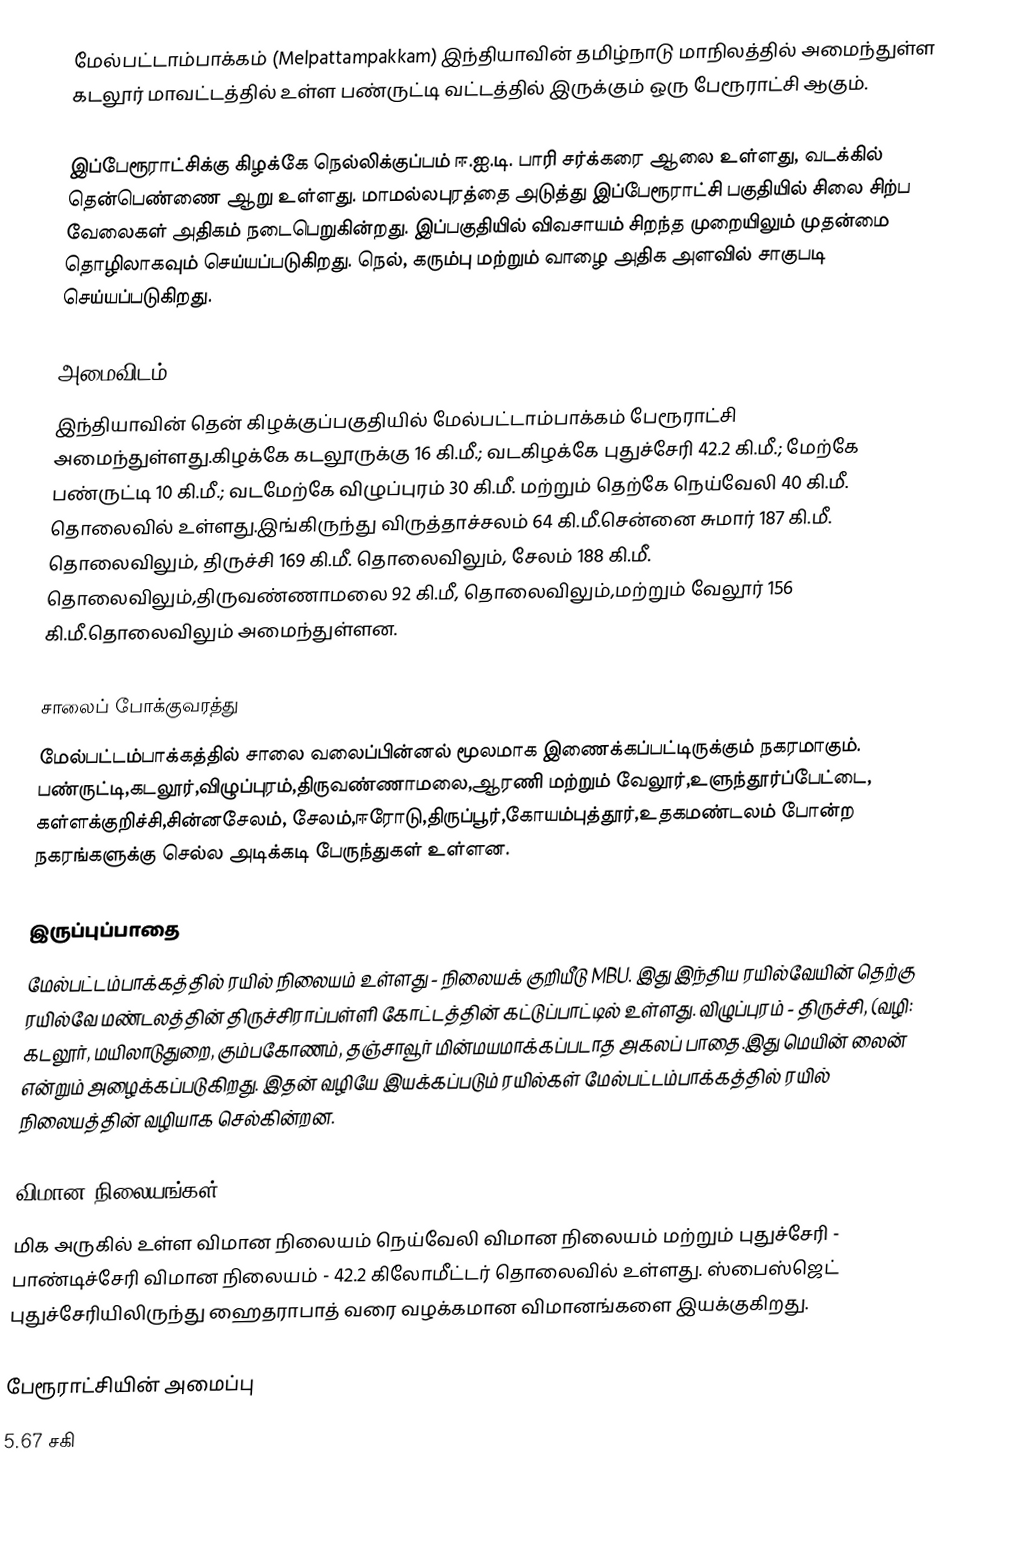
மேல்பட்டாம்பாக்கம் (Melpattampakkam) இந்தியாவின் தமிழ்நாடு மாநிலத்தில் அமைந்துள்ள கடலூர் மாவட்டத்தில் உள்ள பண்ருட்டி வட்டத்தில் இருக்கும் ஒரு பேரூராட்சி ஆகும்.

இப்பேரூராட்சிக்கு கிழக்கே நெல்லிக்குப்பம் ஈ.ஐ.டி. பாரி சர்க்கரை ஆலை உள்ளது, வடக்கில் தென்பெண்ணை ஆறு உள்ளது. மாமல்லபுரத்தை அடுத்து இப்பேரூராட்சி பகுதியில் சிலை சிற்ப வேலைகள் அதிகம் நடைபெறுகின்றது. இப்பகுதியில் விவசாயம் சிறந்த முறையிலும் முதன்மை தொழிலாகவும் செய்யப்படுகிறது. நெல், கரும்பு மற்றும் வாழை அதிக அளவில் சாகுபடி செய்யப்படுகிறது.

அமைவிடம்
இந்தியாவின் தென் கிழக்குப்பகுதியில் மேல்பட்டாம்பாக்கம் பேரூராட்சி அமைந்துள்ளது.கிழக்கே கடலூருக்கு 16 கி.மீ.; வடகிழக்கே புதுச்சேரி 42.2 கி.மீ.; மேற்கே பண்ருட்டி 10 கி.மீ.; வடமேற்கே விழுப்புரம் 30 கி.மீ. மற்றும் தெற்கே நெய்வேலி 40 கி.மீ. தொலைவில் உள்ளது.இங்கிருந்து விருத்தாச்சலம் 64 கி.மீ.சென்னை சுமார் 187 கி.மீ. தொலைவிலும், திருச்சி 169 கி.மீ. தொலைவிலும், சேலம் 188 கி.மீ. தொலைவிலும்,திருவண்ணாமலை 92 கி.மீ, தொலைவிலும்,மற்றும்  வேலூர் 156 கி.மீ.தொலைவிலும் அமைந்துள்ளன.

சாலைப் போக்குவரத்து
மேல்பட்டம்பாக்கத்தில் சாலை வலைப்பின்னல் மூலமாக இணைக்கப்பட்டிருக்கும் நகரமாகும். பண்ருட்டி,கடலூர்,விழுப்புரம்,திருவண்ணாமலை,ஆரணி மற்றும் வேலூர்,உளுந்தூர்ப்பேட்டை, கள்ளக்குறிச்சி,சின்னசேலம், சேலம்,ஈரோடு,திருப்பூர்,கோயம்புத்தூர்,உதகமண்டலம் போன்ற  நகரங்களுக்கு செல்ல அடிக்கடி பேருந்துகள் உள்ளன.

இருப்புப்பாதை
மேல்பட்டம்பாக்கத்தில் ரயில் நிலையம் உள்ளது - நிலையக் குறியீடு MBU. இது இந்திய ரயில்வேயின் தெற்கு ரயில்வே மண்டலத்தின் திருச்சிராப்பள்ளி கோட்டத்தின் கட்டுப்பாட்டில் உள்ளது. விழுப்புரம் - திருச்சி, (வழி: கடலூர், மயிலாடுதுறை, கும்பகோணம், தஞ்சாவூர் மின்மயமாக்கப்படாத அகலப் பாதை.இது மெயின் லைன் என்றும் அழைக்கப்படுகிறது. இதன் வழியே இயக்கப்படும் ரயில்கள் மேல்பட்டம்பாக்கத்தில் ரயில் நிலையத்தின் வழியாக செல்கின்றன.

விமான நிலையங்கள்
மிக அருகில் உள்ள விமான நிலையம் நெய்வேலி விமான நிலையம் மற்றும் புதுச்சேரி - பாண்டிச்சேரி விமான நிலையம் - 42.2 கிலோமீட்டர் தொலைவில் உள்ளது. ஸ்பைஸ்ஜெட் புதுச்சேரியிலிருந்து ஹைதராபாத் வரை வழக்கமான விமானங்களை இயக்குகிறது.

பேரூராட்சியின் அமைப்பு
5.67 சகி